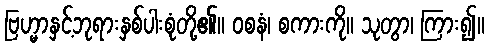
ဗြဟ္မာနှင့်ဘုရားနှစ်ပါးစုံတို့၏။ ဝစနံ၊ စကားကို။ သုတွာ၊ ကြား၍။